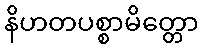
နိဟတပစ္စာမိတ္တော